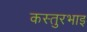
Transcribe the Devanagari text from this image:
कस्तुरभाइ